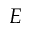
E